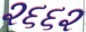
૨૬૬૨